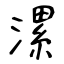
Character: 漯